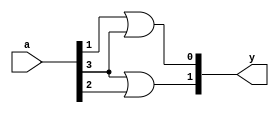
`timescale 1ns / 1ps
//////////////////////////////////////////////////////////////////////////////////
// Company: 
// Engineer: 
// 
// Design Name: 
// Module Name: encoder_4to2
// Project Name: 
// Target Devices: 
// Tool Versions: 
// Description: 
// 
// Dependencies: 
// 
// Revision:
// Revision 0.01 - File Created
// Additional Comments:
// 
//////////////////////////////////////////////////////////////////////////////////


module encoder_4to2(
    input [3:0] a,
    output [1:0] y
    );
    assign y[0]=a[1]|a[3];
    assign y[1]=a[3]|a[2];
endmodule